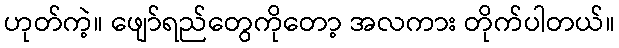
ဟုတ်ကဲ့။ ဖျော်ရည်တွေကိုတော့ အလကား တိုက်ပါတယ်။